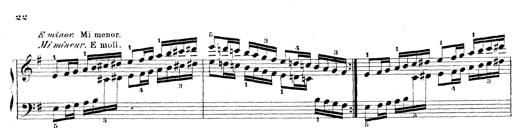
Title: Technische Studien
Composer: Franz Liszt